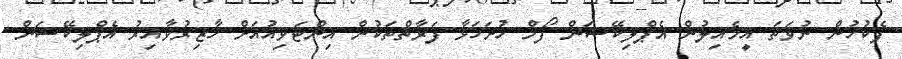
ފެކުހުން ނުވަތަ އީމެއިލުން އެޕްލިކޭޝަން ފޯމް ހުށަހަޅާ ފަރާތްތަކުން އިންޓަވިއުއަށް ހާޒިރުވާއިރު އެޕްލިކޭޝަން